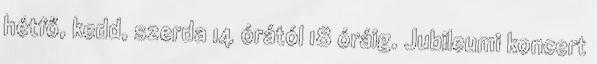
hétfő, kedd, szerda 14 órától 18 óráig. Jubileumi koncert